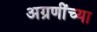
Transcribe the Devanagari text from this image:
अग्रणींच्या